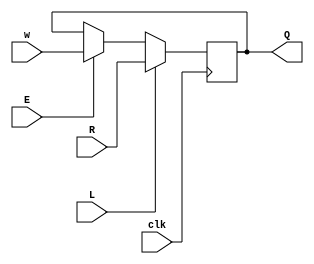
module top_module (
  input clk,
  input w, R, E, L,
  output Q
);
    
  wire mux1, mux2;
  assign mux1 = (E) ? w : Q;
  assign mux2 = (L) ? R : mux1;
    
  always @(posedge clk) begin
    Q <= mux2;
  end

endmodule